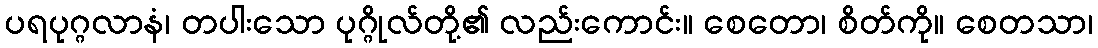
ပရပုဂ္ဂလာနံ၊ တပါးသော ပုဂ္ဂိုလ်တို့၏ လည်းကောင်း။ စေတော၊ စိတ်ကို။ စေတသာ၊